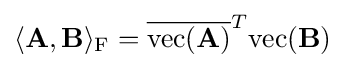
\langle \mathbf {A} ,\mathbf {B} \rangle _{\mathrm {F} }={\overline {\mathrm {vec} (\mathbf {A} )}}^{T}\mathrm {vec} (\mathbf {B} )